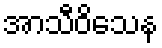
အာသီဝိသေန